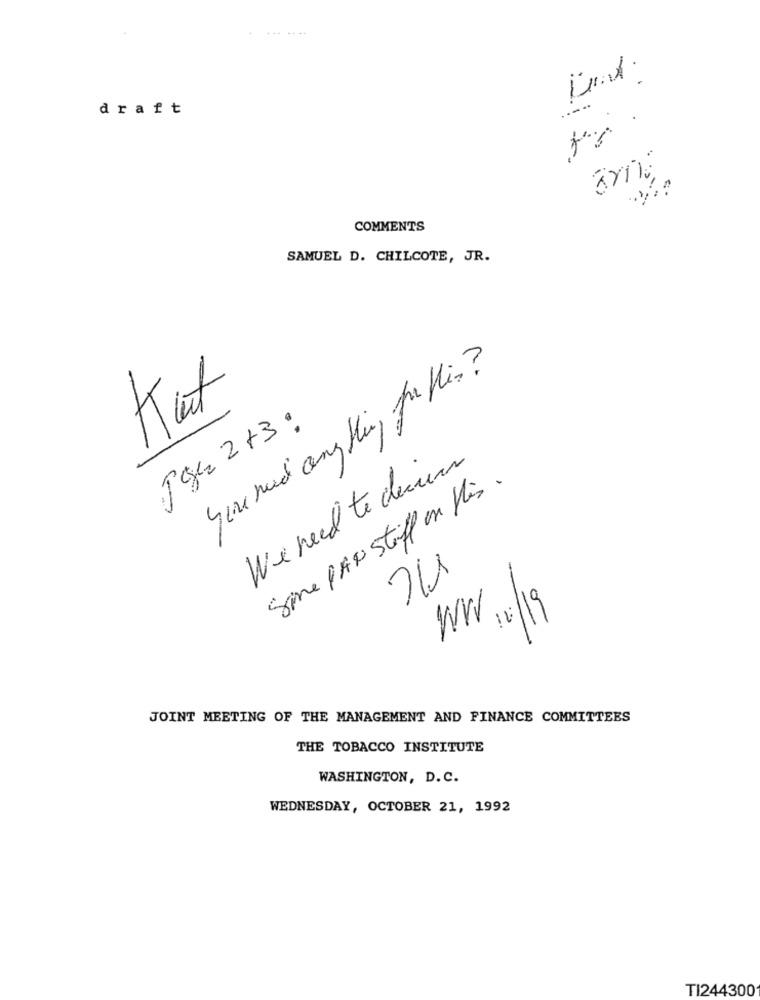
...
.....
draft
3mg
COMMENTS
SAMUEL D. CHILCOTE, JR.
you need anything for His?
Kat
Jak 2+3:
Weneed te chemin
Same PAN Stiff on His.
WW 1: 19
-
JOINT MEETING OF THE MANAGEMENT AND FINANCE COMMITTEES
THE TOBACCO INSTITUTE
WASHINGTON, D. C.
WEDNESDAY, OCTOBER 21, 1992
TI244300